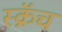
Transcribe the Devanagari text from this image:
स्क्रॅच